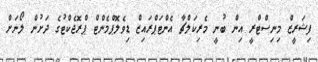
ފިޝަރީޒް މިނިސްޓްރީ އިން ބުނީ މެރިކަލްޗާ އެންޓަޕްރައިޒް ޑިވެލޮޕްމެންޓް ޕްރޮޖެކްޓުގެ ދަށުން ލޯނަށް